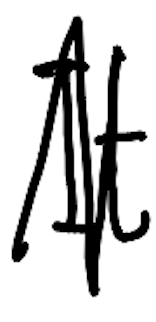
Text: It
Cross-out: zig-zag
Writing tool: digital_black